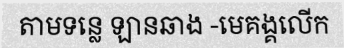
តាមទន្លេ ឡានឆាង -មេគង្គលើក